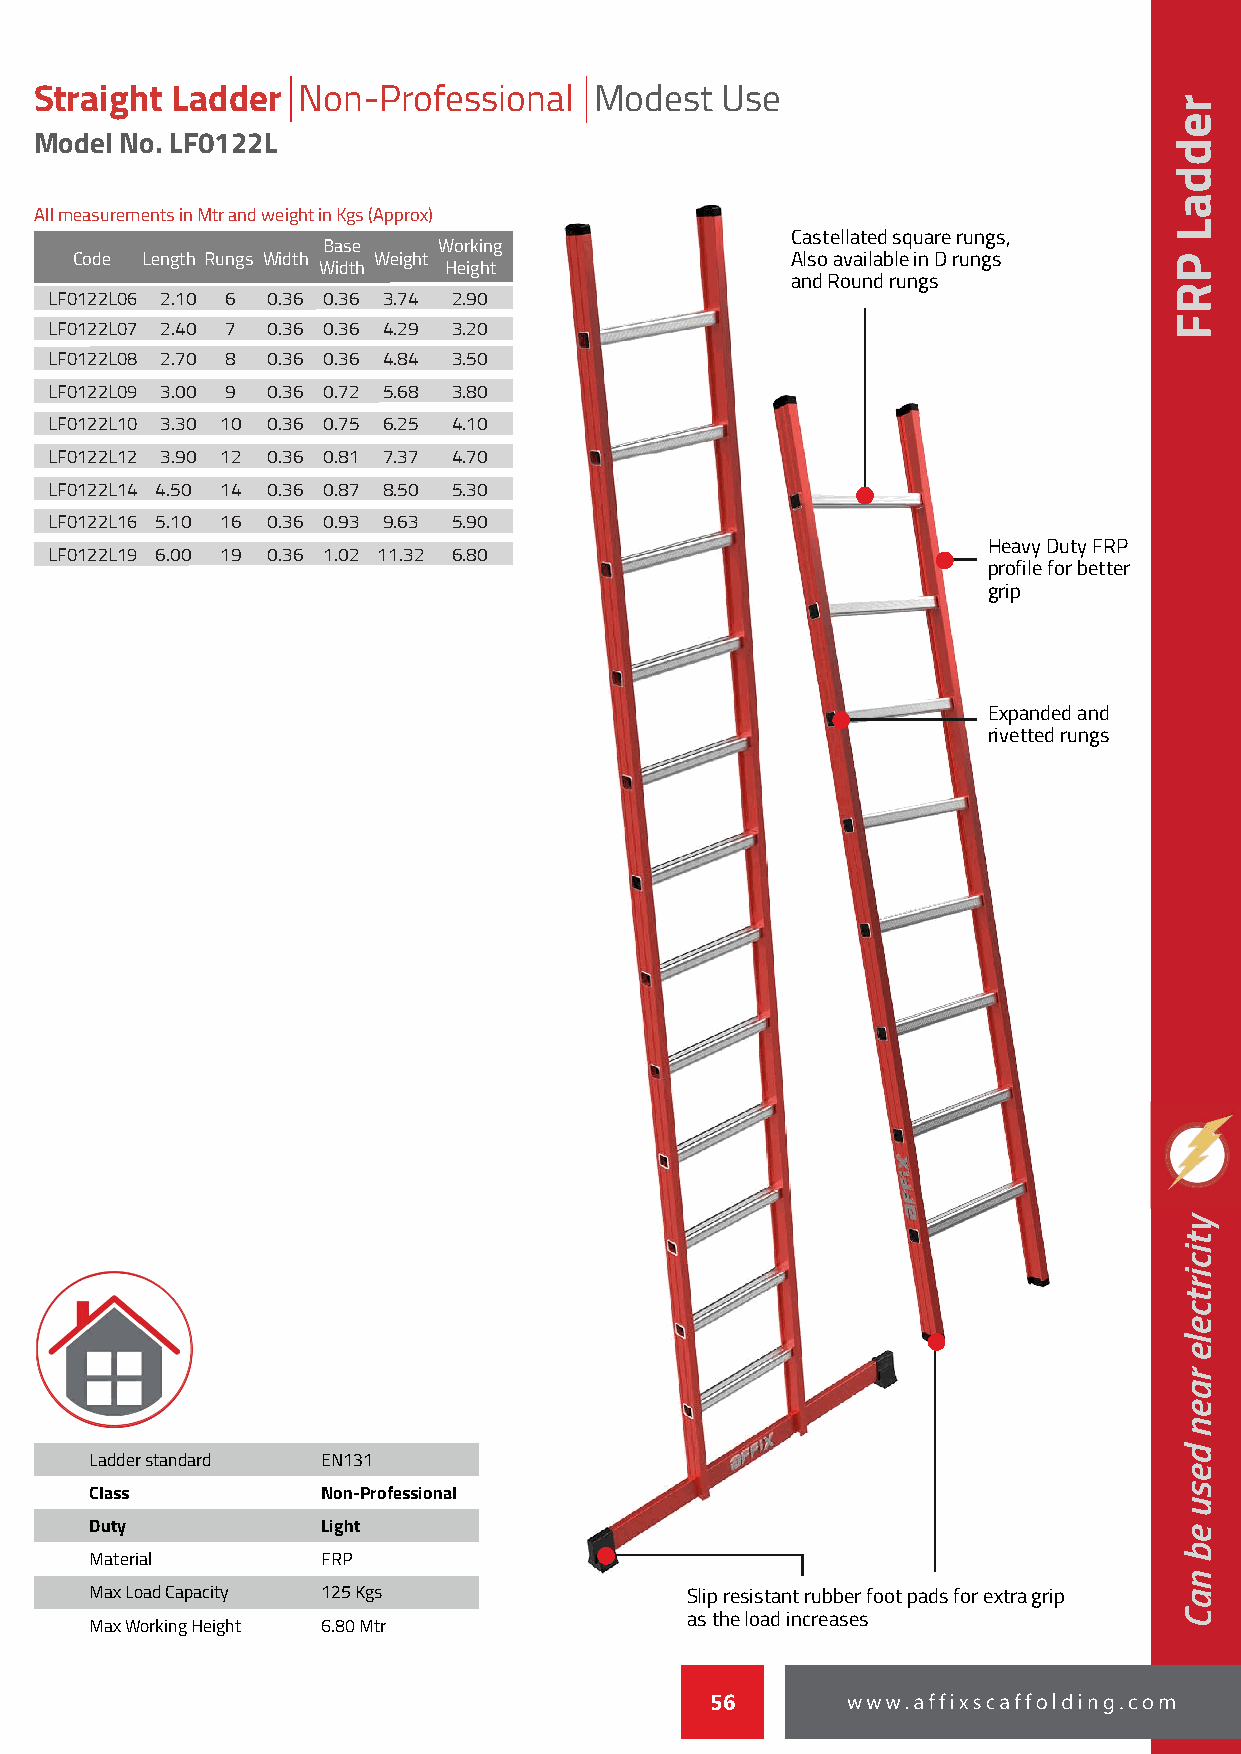
Straight Ladder   Non-Professional   Modest   Use
 Model No. LF0122L
 All measurements in Mtr and weight in Kgs (Approx)
 Castellated square rungs,
 Base    Working
 Code Length Rungs Width Weight                 Also available in D rungs
 Width   Height
 and Round rungs
 LF0122L06 2.10 6 0.36 0.36 3.74 2.90
 LF0122L07 2.40 7 0.36 0.36 4.29 3.20
 LF0122L08 2.70 8 0.36 0.36 4.84 3.50
 LF0122L09 3.00 9 0.36 0.72 5.68 3.80
 LF0122L10 3.30 10 0.36 0.75 6.25 4.10
 LF0122L12 3.90 12 0.36 0.81 7.37 4.70
 LF0122L14 4.50 14 0.36 0.87 8.50 5.30
 LF0122L16 5.10 16 0.36 0.93 9.63 5.90
 Heavy Duty FRP
 LF0122L19 6.00 19 0.36 1.02 11.32 6.80
 profile for better
 grip
 Expanded and
 rivetted rungs
 Ladder standard EN131
 Class          Non-Professional
 Duty           Light
 Material       FRP
 Max Load Capacity 125 Kgs              Slip resistant rubber foot pads for extra grip
 as the load increases
 Max Working Height 6.80 Mtr
 56
 reddaL
 PRF
 yticirtcele
 raen
 desu
 eb
 naC